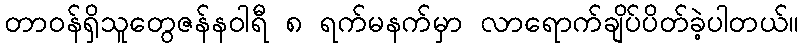
တာဝန်ရှိသူတွေဇန်နဝါရီ ၈ ရက်မနက်မှာ လာရောက်ချိပ်ပိတ်ခဲ့ပါတယ်။